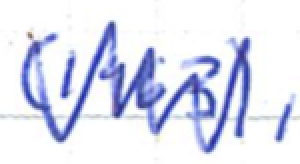
Text: (1963),
Cross-out: zig-zag
Writing tool: ballpoint